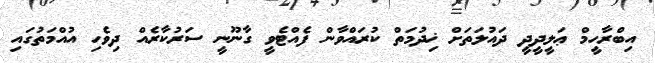
އިބްރާހީމް ޢަލީދީދީ ދައުލަތަށް ޚިދުމަތް ކުރައްވާން ފެއްޓެވީ ގާނޫނީ ސަރުކާރެއް ދިވެހި އުއްމަތުގައި